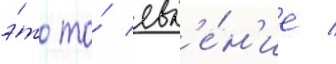
э́то то́ явл'е́н'ие /